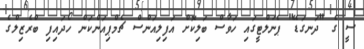
ސީ ގެ "ދަނގަޑޭ" ޕެނަލްޓީގައި ހަވާސް ބަލިކޮށް އަފިލިއަންސް ޗެމްޕިއަންކަން ހޯދައިފި ބްރެޒިލްގެ